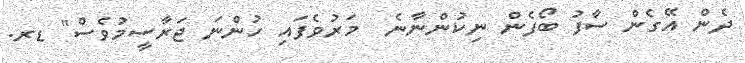
ދެން އޭގެން ސާފު ބޯފެން ނިކުންނާނެ  މަރުވެފައި ހުންނަ ޖަރާސީމުވެސް" ޑރ.